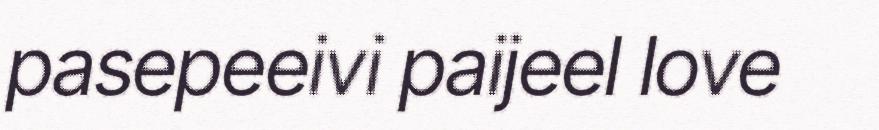
pasepeeivi paijeel love